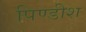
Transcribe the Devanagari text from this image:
पिण्डीश